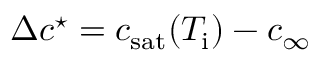
\Delta c ^ { \star } = c _ { \mathrm { s a t } } ( T _ { \mathrm { i } } ) - c _ { \infty }